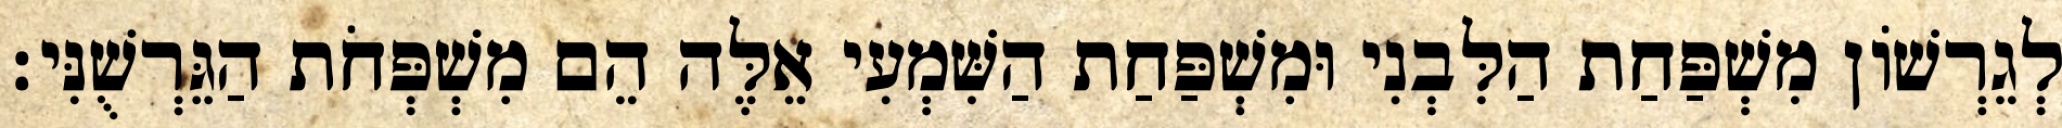
לְגֵרְשׁוֹן מִשְׁפַּחַת הַלִּבְנִי וּמִשְׁפַּחַת הַשִּׁמְעִי אֵלֶּה הֵם מִשְׁפְּחֹת הַגֵּרְשֻׁנִּי׃